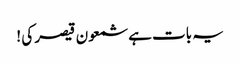
یہ بات ہے شمعون قیصر کی !